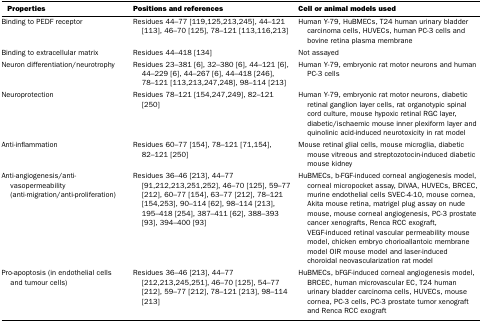
<table><thead><tr><td><b>Properties</b></td><td><b>Positions and references</b></td><td><b>Cell or animal models used</b></td></tr></thead><tbody><tr><td>Binding to PEDF receptor</td><td>Residues 44–77 [119,125,213,245], 44–121 [113], 46–70 [125], 78–121 [113,116,213]</td><td>Human Y-79, HuBMECs, T24 human urinary bladder carcinoma cells, HUVECs, human PC-3 cells and bovine retina plasma membrane</td></tr><tr><td>Binding to extracellular matrix</td><td>Residues 44–418 [134]</td><td>Not assayed</td></tr><tr><td>Neuron differentiation/neurotrophy</td><td>Residues 23–381 [6], 32–380 [6], 44–121 [6], 44–229 [6], 44–267 [6], 44–418 [246], 78–121 [113,213,247,248], 98–114 [213]</td><td>Human Y-79, embryonic rat motor neurons and human PC-3 cells</td></tr><tr><td>Neuroprotection</td><td>Residues 78–121 [154,247,249], 82–121 [250]</td><td>Human Y-79, embryonic rat motor neurons, diabetic retinal ganglion layer cells, rat organotypic spinal cord culture, mouse hypoxic retinal RGC layer, diabetic/ischaemic mouse inner plexiform layer and quinolinic acid-induced neurotoxicity in rat model</td></tr><tr><td>Anti-inflammation</td><td>Residues 60–77 [154], 78–121 [71,154], 82–121 [250]</td><td>Mouse retinal glial cells, mouse microglia, diabetic mouse vitreous and streptozotocin-induced diabetic mouse kidney</td></tr><tr><td>Anti-angiogenesis/anti-vasopermeability (anti-migration/anti-proliferation)</td><td>Residues 36–46 [213], 44–77 [91,212,213,251,252], 46–70 [125], 59–77 [212], 60–77 [154], 63–77 [212], 78–121 [154,253], 90–114 [62], 98–114 [213], 195–418 [254], 387–411 [62], 388–393 [93], 394–400 [93]</td><td>HuBMECs, b-FGF-induced corneal angiogenesis model, corneal micropocket assay, DIVAA, HUVECs, BRCEC, murine endothelial cells SVEC-4-10, mouse cornea, Akita mouse retina, matrigel plug assay on nude mouse, mouse corneal angiogenesis, PC-3 prostate cancer xenografts, Renca RCC exograft, VEGF-induced retinal vascular permeability mouse model, chicken embryo chorioallantoic membrane model OIR mouse model and laser-induced choroidal neovascularization rat model</td></tr><tr><td>Pro-apoptosis (in endothelial cells and tumour cells)</td><td>Residues 36–46 [213], 44–77 [212,213,245,251], 46–70 [125], 54–77 [212], 59–77 [212], 78–121 [213], 98–114 [213]</td><td>HuBMECs, bFGF-induced corneal angiogenesis model, BRCEC, human microvascular EC, T24 human urinary bladder carcinoma cells, HUVECs, mouse cornea, PC-3 cells, PC-3 prostate tumor xenograft and Renca RCC exograft</td></tr></tbody></table>